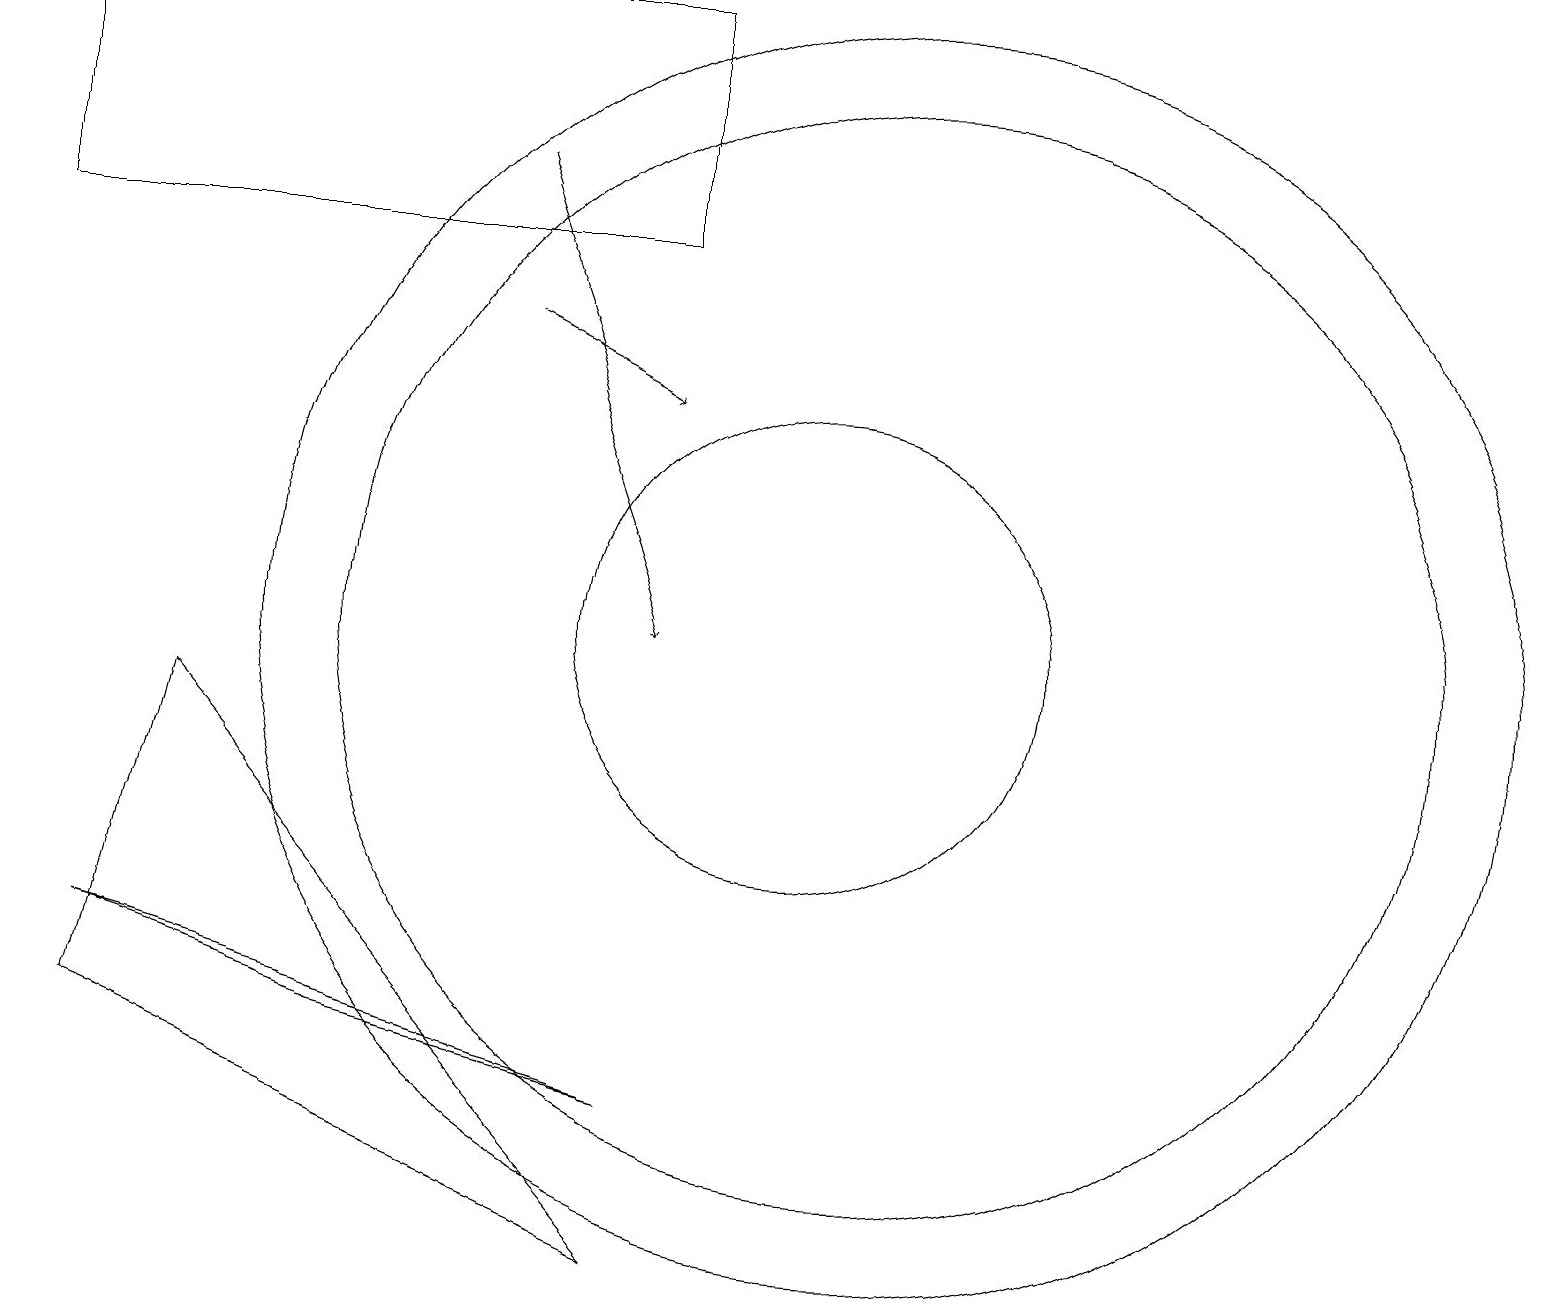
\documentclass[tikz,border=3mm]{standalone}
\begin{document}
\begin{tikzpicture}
\draw[->] (6,14) -- (8,13);
\draw (11,10) circle (8);
\draw[->] (6,16) -- (8,10);
\draw (10,10) circle (3);
\draw (4,5) -- (8,4) -- (1,6) -- cycle;
\draw (11,10) circle (7);
\draw (0,15) rectangle (8,18);
\draw (2,9) -- (1,5) -- (8,2) -- cycle;
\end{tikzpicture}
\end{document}